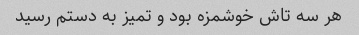
هر سه تاش خوشمزه بود و تمیز به دستم رسید